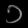
Digit: ၁